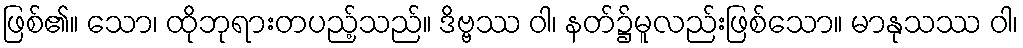
ဖြစ်၏။ သော၊ ထိုဘုရားတပည့်သည်။ ဒိဗ္ဗဿ ဝါ၊ နတ်၌မူလည်းဖြစ်သော။ မာနုသဿ ဝါ၊